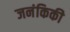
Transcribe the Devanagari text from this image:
जनंकिकी